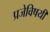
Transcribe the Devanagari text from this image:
प्रजेविषयीं